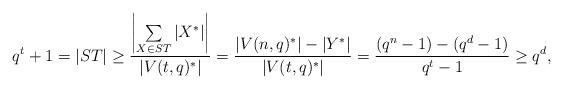
LaTeX: \begin{align*}q^t+1=|ST|\geq \frac{\left|\sum\limits_{X\in ST}|X^*|\right|}{|V(t,q)^*|}=\frac{|V(n,q)^*|-|Y^*|}{|V(t,q)^*|}=\frac{(q^n-1)-(q^{d}-1)}{q^t-1}\geq q^{d},\end{align*}